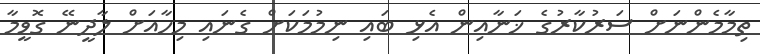
ތިމާމެންނަށް ސަރުކާރުގެ ޚަނާއިން އެޅި ބައި ނިމުމަކަށް ގެނައި މިހާއަށް ލާދީނޭ ގޮވީމާ